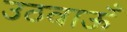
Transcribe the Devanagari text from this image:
उठवाऊँ